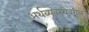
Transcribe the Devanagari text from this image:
अर्थव्यवस्थेवरील